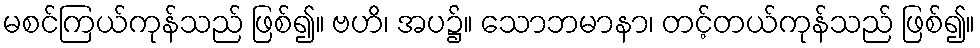
မစင်ကြယ်ကုန်သည် ဖြစ်၍။ ဗဟိ၊ အပ၌။ သောဘမာနာ၊ တင့်တယ်ကုန်သည် ဖြစ်၍။